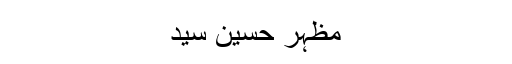
مظہر حسین سید